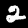
Digit: 2